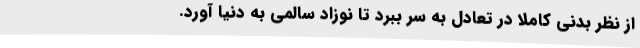
از نظر بدنی کاملا در تعادل به سر ببرد تا نوزاد سالمی به دنیا آورد.